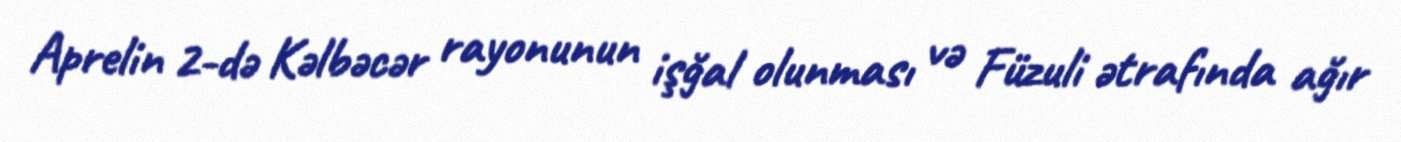
Aprelin 2-də Kəlbəcər rayonunun işğal olunması və Füzuli ətrafında ağır